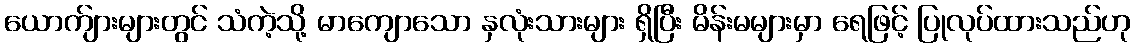
ယောက်ျားများတွင် သံကဲ့သို့ မာကျောသော နှလုံးသားများ ရှိပြီး မိန်းမများမှာ ရေဖြင့် ပြုလုပ်ထားသည်ဟု